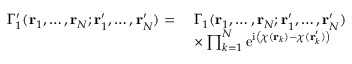
\begin{array} { r l } { \Gamma _ { 1 } ^ { \prime } ( \mathbf { r } _ { 1 } , \ldots , \mathbf { r } _ { N } ; \mathbf { r } _ { 1 } ^ { \prime } , \ldots , \mathbf { r } _ { N } ^ { \prime } ) = \; } & { \Gamma _ { 1 } ( \mathbf { r } _ { 1 } , \ldots , \mathbf { r } _ { N } ; \mathbf { r } _ { 1 } ^ { \prime } , \ldots , \mathbf { r } _ { N } ^ { \prime } ) } \\ & { \times \prod _ { k = 1 } ^ { N } \mathrm { e } ^ { \mathrm { i } \left( \chi ( \mathbf { r } _ { k } ) - \chi ( \mathbf { r } _ { k } ^ { \prime } ) \right) } } \end{array}